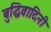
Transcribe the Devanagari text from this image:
बुद्धिवादिनी